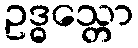
ဥဒ္ဓသ္တော